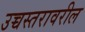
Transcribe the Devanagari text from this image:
उच्चस्तरावरील